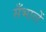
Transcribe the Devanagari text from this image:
सँभालें